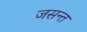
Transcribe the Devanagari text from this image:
जसन्त